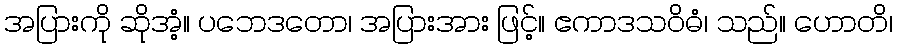
အပြားကို ဆိုအံ့။ ပဘေဒတော၊ အပြားအား ဖြင့်။ ဧကာဒသဝိဓံ၊ သည်။ ဟောတိ၊